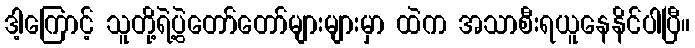
ဒါ့ကြောင့် သူတို့ရဲ့ပွဲတော်တော်များများမှာ ထဲက အသာစီးရယူနေနိင်ပါပြီ။